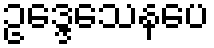
ဥဒ္ဒေသေနပေ